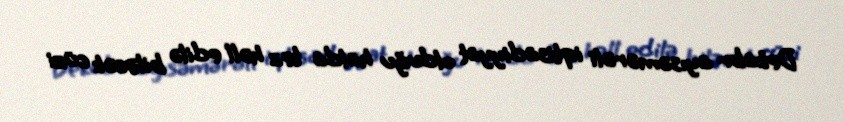
Dekabr ayısəmərəli iqtisadiyyat olduğu halda tez həll edilə biləcək cüzi